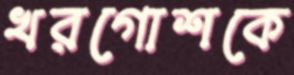
খরগোশকে